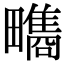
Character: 𤳬